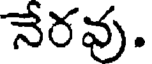
నేరవు.